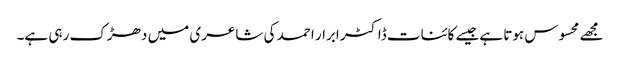
مجھے محسوس ہوتا ہےجیسے کائنات ڈاکٹر ابرار احمد کی شاعری میں دھڑک رہی ہے۔